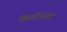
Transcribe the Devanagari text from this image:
स्प्रिडोनोव